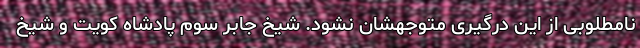
نامطلوبی از این درگیری متوجهشان نشود. شیخ جابر سوم پادشاه کویت و شیخ